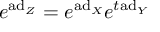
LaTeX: e ^ { \mathrm { a d } _ { Z } } = e ^ { \mathrm { a d } _ { X } } e ^ { t \mathrm { a d } _ { Y } }